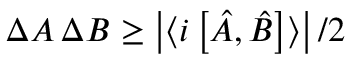
\Delta A \, \Delta B \ge \left| \langle i \left[ \hat { A } , \hat { B } \right] \rangle \right| / 2